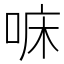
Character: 𠳹